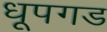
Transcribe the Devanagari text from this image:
धूपगड